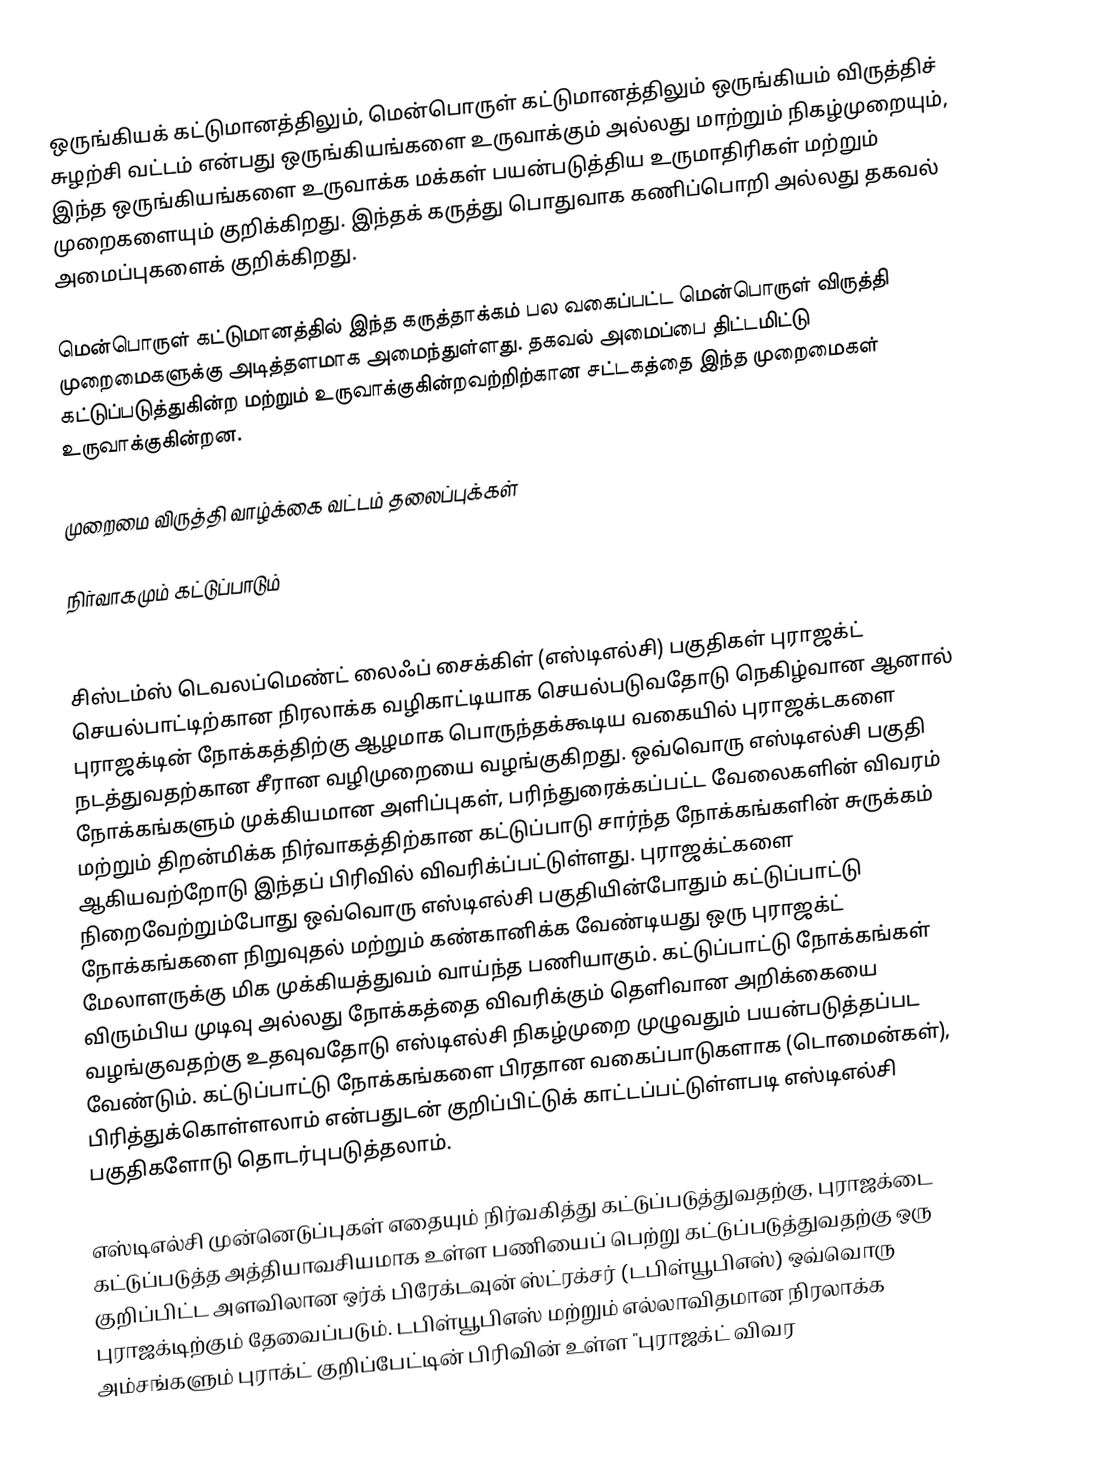
ஒருங்கியக் கட்டுமானத்திலும், மென்பொருள் கட்டுமானத்திலும் ஒருங்கியம் விருத்திச் சுழற்சி வட்டம் என்பது ஒருங்கியங்களை உருவாக்கும் அல்லது மாற்றும் நிகழ்முறையும், இந்த ஒருங்கியங்களை உருவாக்க மக்கள் பயன்படுத்திய உருமாதிரிகள் மற்றும் முறைகளையும் குறிக்கிறது. இந்தக் கருத்து பொதுவாக கணிப்பொறி அல்லது தகவல் அமைப்புகளைக் குறிக்கிறது.

மென்பொருள் கட்டுமானத்தில் இந்த கருத்தாக்கம் பல வகைப்பட்ட மென்பொருள் விருத்தி முறைமைகளுக்கு அடித்தளமாக அமைந்துள்ளது. தகவல் அமைப்பை திட்டமிட்டு கட்டுப்படுத்துகின்ற மற்றும் உருவாக்குகின்றவற்றிற்கான சட்டகத்தை இந்த முறைமைகள் உருவாக்குகின்றன.

முறைமை விருத்தி வாழ்க்கை வட்டம் தலைப்புக்கள்

நிர்வாகமும் கட்டுப்பாடும்
]

சிஸ்டம்ஸ் டெவலப்மெண்ட் லைஃப் சைக்கிள் (எஸ்டிஎல்சி) பகுதிகள் புராஜக்ட் செயல்பாட்டிற்கான நிரலாக்க வழிகாட்டியாக செயல்படுவதோடு நெகிழ்வான ஆனால் புராஜக்டின் நோக்கத்திற்கு ஆழமாக பொருந்தக்கூடிய வகையில் புராஜக்டகளை நடத்துவதற்கான சீரான வழிமுறையை வழங்குகிறது. ஒவ்வொரு எஸ்டிஎல்சி பகுதி நோக்கங்களும் முக்கியமான அளிப்புகள், பரிந்துரைக்கப்பட்ட வேலைகளின் விவரம் மற்றும் திறன்மிக்க நிர்வாகத்திற்கான கட்டுப்பாடு சார்ந்த நோக்கங்களின் சுருக்கம் ஆகியவற்றோடு இந்தப் பிரிவில் விவரிக்ப்பட்டுள்ளது. புராஜக்ட்களை நிறைவேற்றும்போது ஒவ்வொரு எஸ்டிஎல்சி பகுதியின்போதும் கட்டுப்பாட்டு நோக்கங்களை நிறுவுதல் மற்றும் கண்கானிக்க வேண்டியது ஒரு புராஜக்ட் மேலாளருக்கு மிக முக்கியத்துவம் வாய்ந்த பணியாகும். கட்டுப்பாட்டு நோக்கங்கள் விரும்பிய முடிவு அல்லது நோக்கத்தை விவரிக்கும் தெளிவான அறிக்கையை வழங்குவதற்கு உதவுவதோடு எஸ்டிஎல்சி நிகழ்முறை முழுவதும் பயன்படுத்தப்பட வேண்டும். கட்டுப்பாட்டு நோக்கங்களை பிரதான வகைப்பாடுகளாக (டொமைன்கள்), பிரித்துக்கொள்ளலாம் என்பதுடன் குறிப்பிட்டுக் காட்டப்பட்டுள்ளபடி எஸ்டிஎல்சி பகுதிகளோடு தொடர்புபடுத்தலாம்.

எஸ்டிஎல்சி முன்னெடுப்புகள் எதையும் நிர்வகித்து கட்டுப்படுத்துவதற்கு, புராஜக்டை கட்டுப்படுத்த அத்தியாவசியமாக உள்ள பணியைப் பெற்று கட்டுப்படுத்துவதற்கு ஒரு குறிப்பிட்ட அளவிலான ஒர்க் பிரேக்டவுன் ஸ்ட்ரக்சர் (டபிள்யூபிஎஸ்) ஒவ்வொரு புராஜக்டிற்கும் தேவைப்படும். டபிள்யூபிஎஸ் மற்றும் எல்லாவிதமான நிரலாக்க அம்சங்களும் புராக்ட் குறிப்பேட்டின் பிரிவின் உள்ள "புராஜக்ட் விவர